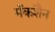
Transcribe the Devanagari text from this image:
मॅकशैन